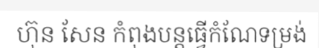
ហ៊ុន សែន កំពុងបន្តធ្វើកំណែទម្រង់